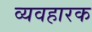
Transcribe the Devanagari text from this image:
व्यवहारक